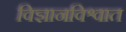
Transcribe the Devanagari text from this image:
विज्ञानविश्वात